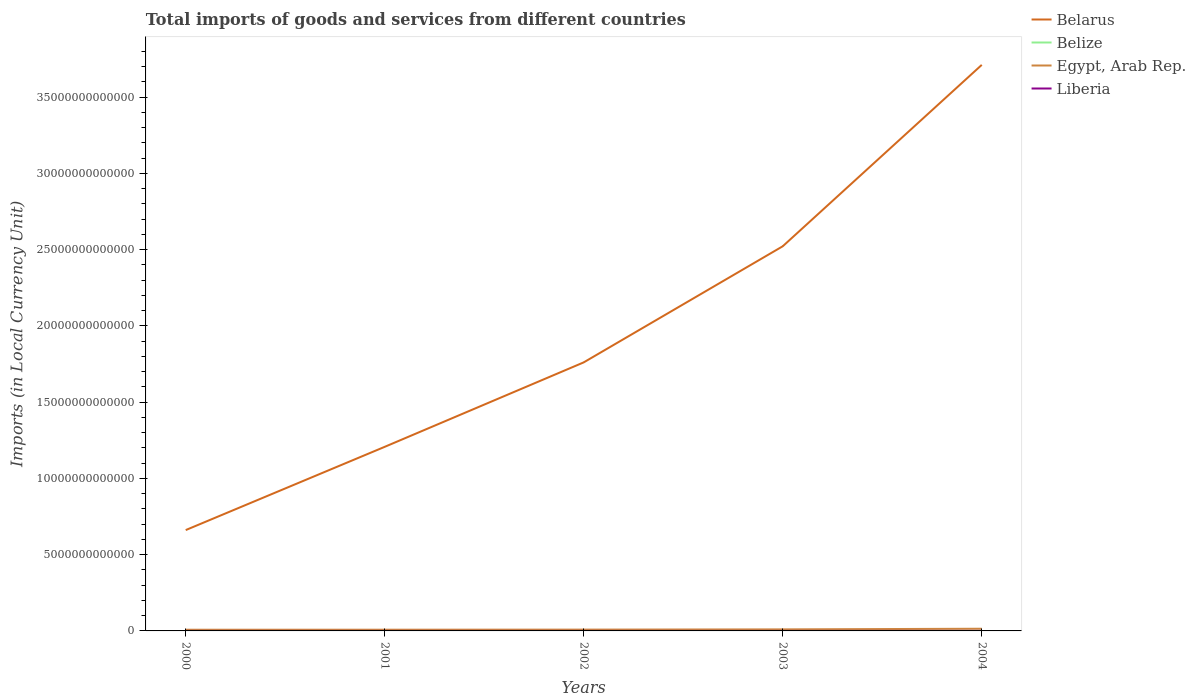
| Years | Belarus | Belize | Egypt, Arab Rep. | Liberia |
 | --- | --- | --- | --- | --- |
 | 2000 | 6.61e+12 | 1.23e+09 | 7.76e+10 | 2.06e+08 |
 | 2001 | 1.21e+13 | 1.2e+09 | 8.01e+10 | 1.64e+08 |
 | 2002 | 1.76e+13 | 1.23e+09 | 8.59e+10 | 1.67e+08 |
 | 2003 | 2.52e+13 | 1.31e+09 | 1.02e+11 | 1.49e+08 |
 | 2004 | 3.71e+13 | 1.24e+09 | 1.44e+11 | 1.06e+09 |